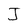
Character: J